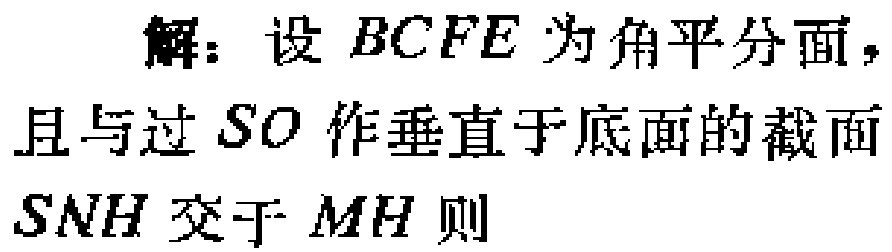
解：设 \(BCFE\) 为角平分面，且与过 \(SO\) 作垂直于底面的截面 \(SNH\) 交于 \(MH\) 则